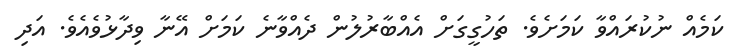
ކަމެއް ނުކުރައްވާ ކަމަށެވެ. ތަހުގީގަށް އެއްބާރުލުން ދެއްވާނެ ކަމަށް އޭނާ ވިދާޅުވެއެވެ. އަދި